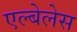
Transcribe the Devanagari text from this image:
एल्बेलेस